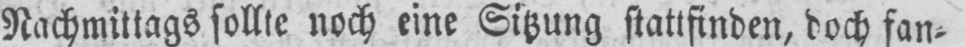
Nachmittags sollte noch eine Sitzung stattfinden, doch fan⸗